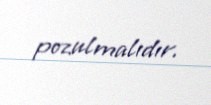
pozulmalıdır.